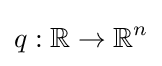
q:\mathbb {R} \to \mathbb {R} ^{n}